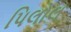
પિલોલ